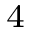
^ { 4 }